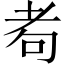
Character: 耇